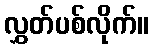
လွှတ်ပစ်လိုက်။